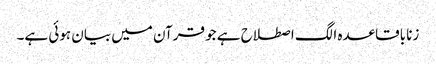
زنا باقاعدہ الگ اصطلاح ہے جو قرآن میں بیان ہوئی ہے۔